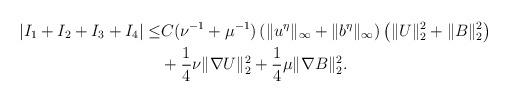
LaTeX: \begin{align*}|I_1+I_2+I_3+I_4|\leq & C(\nu^{-1}+\mu^{-1}) \left(\|u^\eta\|_\infty+\| b^\eta\|_\infty\right)\left(\|U\|_2^2+\|B\|_2^2\right)\\&+\frac14\nu \|\nabla U\|_2^2+\frac14\mu \|\nabla B\|_2^2.\end{align*}